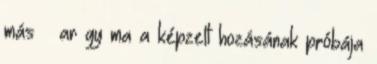
más – ar gy ma a képzelt hozásának próbája